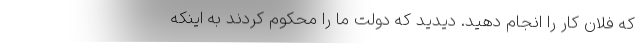
که فلان کار را انجام دهید. دیدید که دولت ما را محکوم کردند به اینکه